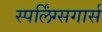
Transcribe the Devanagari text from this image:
स्पर्लिंग्सगार्स